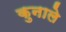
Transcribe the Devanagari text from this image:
कुनाले